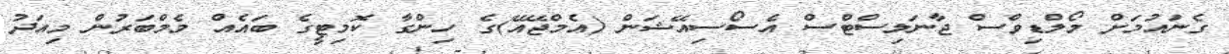
ގެނައުމަށް މޯލްޑިވްސް ޖާނަލިސްޓްސް އެސޯސިއޭޝަން (އެމްޖޭއޭ)ގެ ހިންގާ ކޮމިޓީގެ ބައެއް މެމްބަރުން މިއަދު